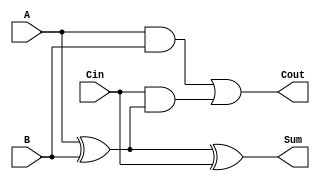
module FullAdder (
    input  wire A,    // First input bit
    input  wire B,    // Second input bit
    input  wire Cin,  // Carry-in bit
    output wire Sum,   // Sum output
    output wire Cout   // Carry-out output
);

    // Sum is A XOR B XOR Cin
    assign Sum = A ^ B ^ Cin;

    // Cout is (A AND B) OR (Cin AND (A XOR B))
    assign Cout = (A & B) | (Cin & (A ^ B));

endmodule